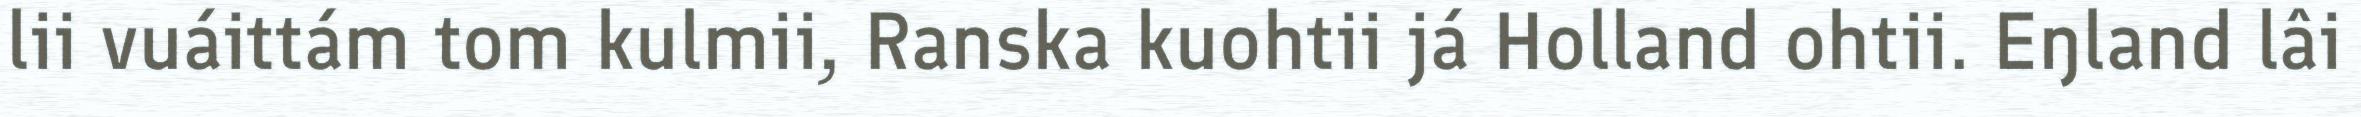
lii vuáittám tom kulmii, Ranska kuohtii já Holland ohtii. Eŋland lâi